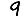
Digit: 9